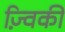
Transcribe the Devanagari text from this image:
ज़्विकी